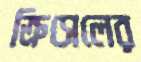
ক্রিসেলের